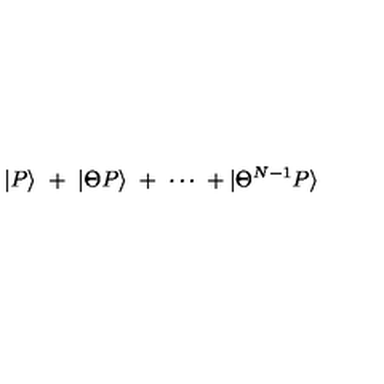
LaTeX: | P \rangle \ + \ | \Theta P \rangle \ + \ \cdots \ + | \Theta ^ { N - 1 } P \rangle